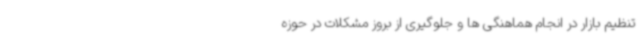
تنظیم بازار در انجام هماهنگی ها و جلوگیری از بروز مشکلات در حوزه